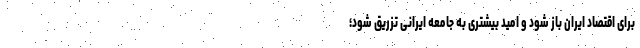
برای اقتصاد ایران باز شود و امید بیشتری به جامعه ایرانی تزریق شود؛